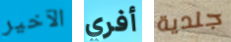
الآخير أفري جلدية